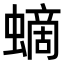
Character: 𧏸